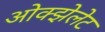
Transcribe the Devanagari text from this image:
ओक्झेलेट